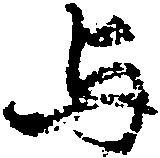
与